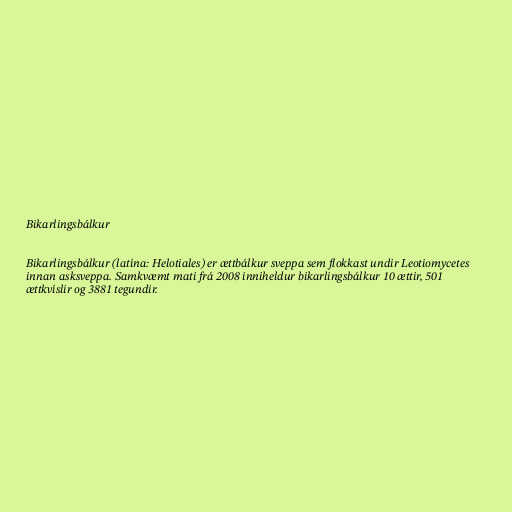
Bikarlingsbálkur

Bikarlingsbálkur (latína: Helotiales) er ættbálkur sveppa sem flokkast undir Leotiomycetes
innan asksveppa. Samkvæmt mati frá 2008 inniheldur bikarlingsbálkur 10 ættir, 501
ættkvíslir og 3881 tegundir.